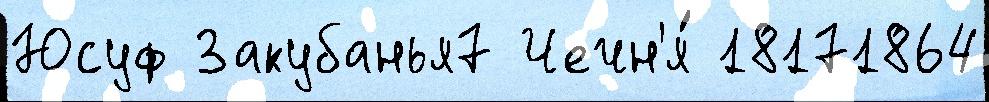
Юсуф Закубанья7 Чечн'я́ 18171864